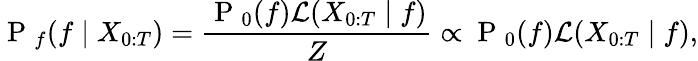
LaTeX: \mathrm{~P~}_{f}(f\mid X_{0:T})=\frac{\mathrm{~P~}_{0}(f)\mathcal{L}(X_{0:T}\mid f)}{Z}\propto\mathrm{~P~}_{0}(f)\mathcal{L}(X_{0:T}\mid f),